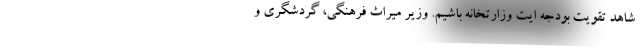
شاهد تقویت بودجه ایت وزارتخانه باشیم. وزیر میراث فرهنگی، گردشگری و